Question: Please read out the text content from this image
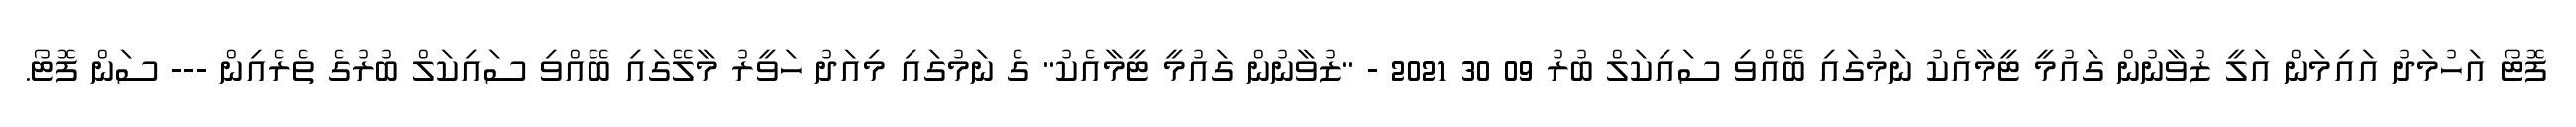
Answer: ފޮޓޯ އަހުމަދު އައިމަން އަލީ ޒުވާނުން ގައުމީ ޓީމާއެކު ނަމުގައި ބޭއްވި ސައިކަލް ބުރު 09 30 2021 - "ޒުވާނުން ގައުމީ ޓީމާއެކު" ގެ ނަމުގައި މިއަދު ހަވީރު މާލޭގައި ބޭއްވި ސައިކަލް ބުރުގެ ތެރެއިން --- ސަން ފޮޓޯ.